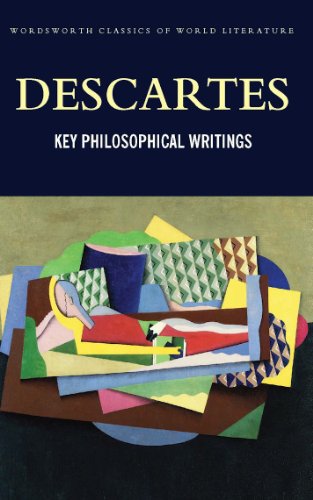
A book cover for Key Philosophical Writings (Wordsworth Classics of World Literature) (Wadsworth Classics of World Literature); Rene Descartes; Politics & Social Sciences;